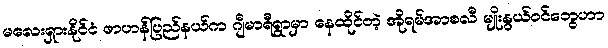
မလေးရှားနိုင်ငံ ဖာဟန်ပြည်နယ်က ဂျီမာရီရွာမှာ နေထိုင်တဲ့ အိုရမ်အာစလီ မျိုးနွယ်ဝင်တွေဟာ